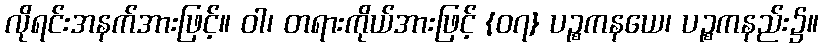
လိုရင်းအနက်အားဖြင့်။ ဝါ၊ တရားကိုယ်အားဖြင့် {၀၇} ပဉ္စကနယေ၊ ပဉ္စကနည်း၌။